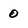
Character: 0